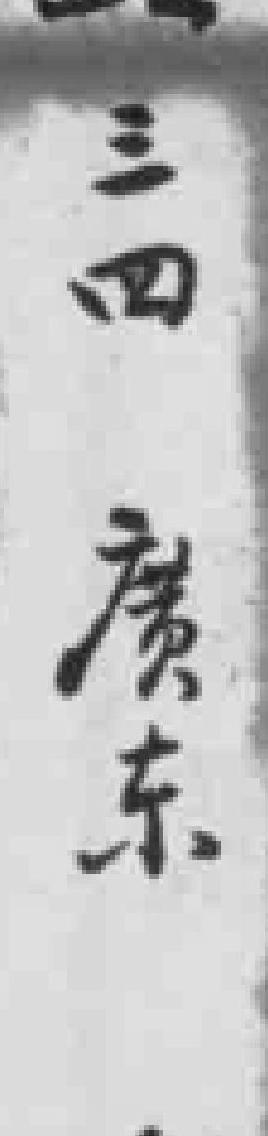
三四廣东